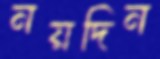
নয়দিন